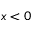
x < 0